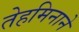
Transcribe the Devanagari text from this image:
तेहमिनाने